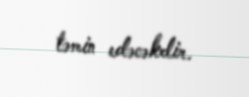
təmin edəcəkdir.